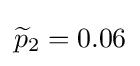
{\widetilde {p}}_{2}=0.06